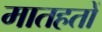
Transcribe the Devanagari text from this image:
मातहतों